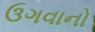
ઉગવાનો